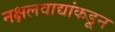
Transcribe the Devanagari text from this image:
नक्षलवाद्यांकडून